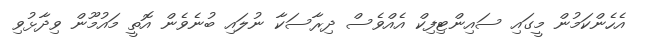
އެހެންކަމުން މީގައި ސައިންޓިފިކް އެއްވެސް ދިރާސަކާ ނުލައި ބުނެވެން އޮތީ މައުމޫން ވިދާޅުވި